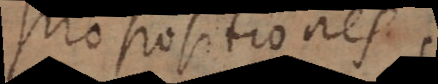
propositiones